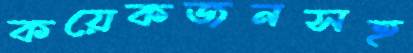
কয়েকজনসহ